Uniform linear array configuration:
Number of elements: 64
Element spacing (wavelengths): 1
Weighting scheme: cosine
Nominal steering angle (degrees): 45
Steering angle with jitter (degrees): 44.335
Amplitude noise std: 0.05
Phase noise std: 0.05

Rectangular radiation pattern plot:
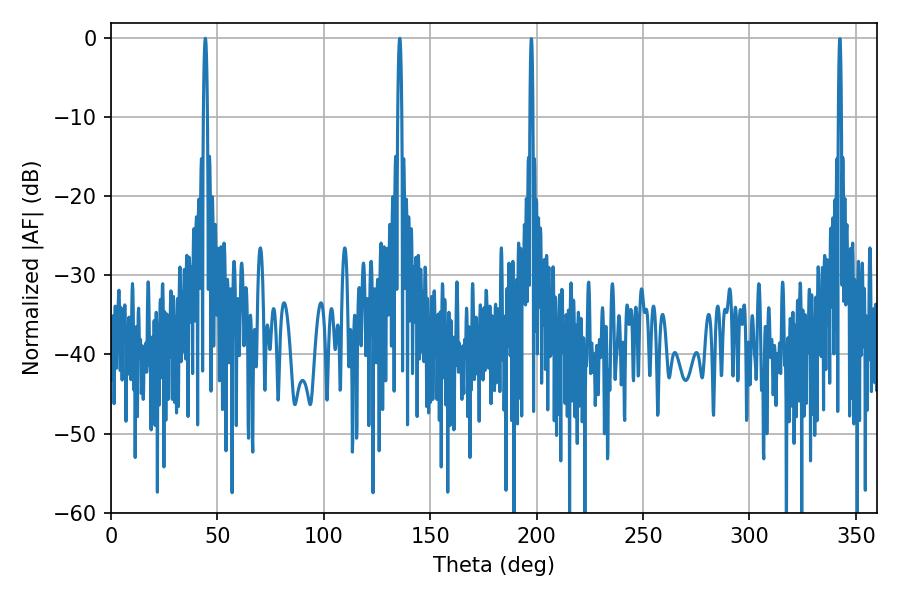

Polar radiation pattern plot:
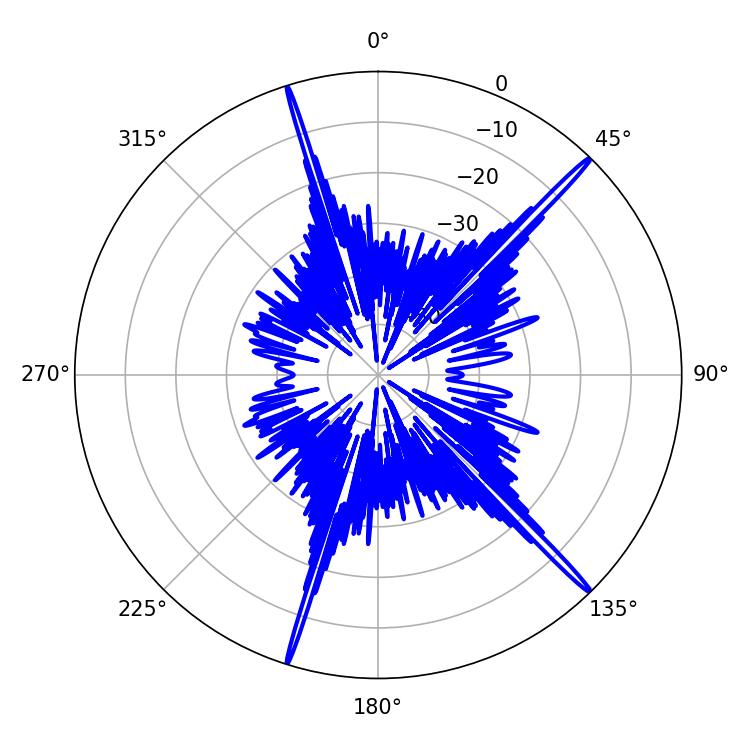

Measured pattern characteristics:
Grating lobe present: TRUE
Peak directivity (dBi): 19.804
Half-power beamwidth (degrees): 0.9
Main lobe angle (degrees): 44.28